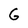
Character: G